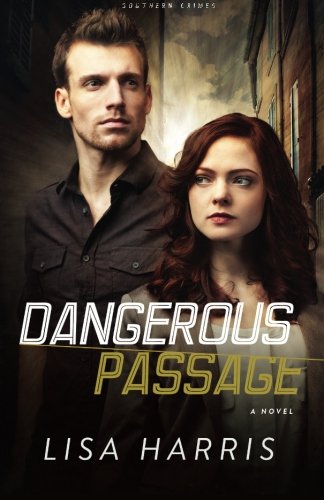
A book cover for Dangerous Passage: A Novel (Southern Crimes) (Volume 1); Lisa Harris; Romance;